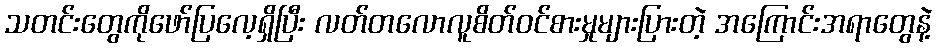
သတင်းတွေကိုဖော်ပြလေ့ရှိပြီး လတ်တလောလူစိတ်ဝင်စားမှုများပြားတဲ့ အကြောင်းအရာတွေနဲ့